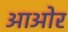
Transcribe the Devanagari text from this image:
आओर